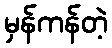
မှန်ကန်တဲ့